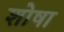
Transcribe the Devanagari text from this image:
शोषा